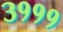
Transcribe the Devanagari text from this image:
३१११